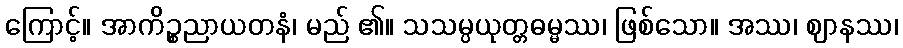
ကြောင့်။ အာကိဉ္စညာယတနံ၊ မည် ၏။ သသမ္ပယုတ္တဓမ္မဿ၊ ဖြစ်သော။ အဿ၊ ဈာနဿ၊